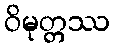
ဝိမုတ္တဿ